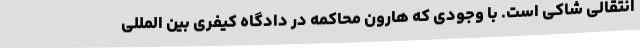
انتقالی شاکی است. با وجودی که هارون محاکمه در دادگاه کیفری بین المللی